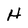
Character: H